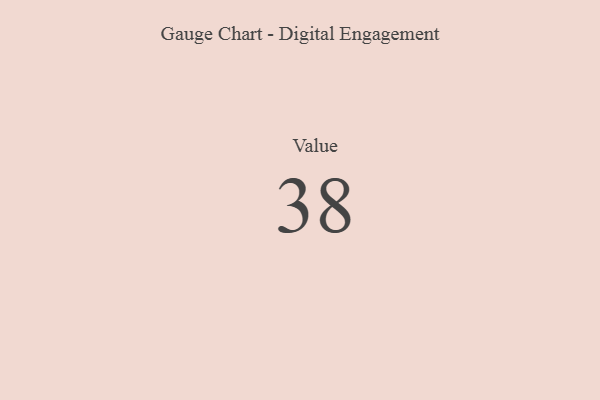
{"axis": {"x": "Metric", "y": "Value"}, "legend": [""], "data": [{"x": "Value", "y": 38, "type": ""}]}